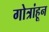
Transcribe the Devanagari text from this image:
गोत्रांहून